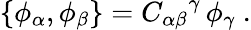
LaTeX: \{ \phi_{\alpha},\phi_{\beta}\} ={C_{\alpha\beta}}^{\gamma}\, \phi_{\gamma}\ .